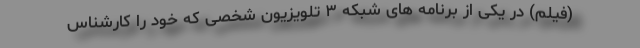
(فیلم) در یکی از برنامه های شبکه ۳ تلویزیون شخصی که خود را کارشناس